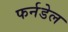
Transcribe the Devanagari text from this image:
फर्नडेल